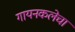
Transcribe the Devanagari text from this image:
गायनकलेचा